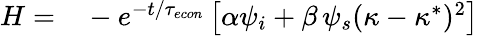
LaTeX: \begin{array}{rl}{H=}&{{}-e^{-t/{\tau_{econ}}}\left[\alpha\psi_{i}+\beta\, \psi_{s}(\kappa-\kappa^{*})^{2}\right]}\end{array}